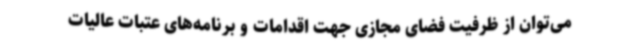
می‌توان از ظرفیت فضای مجازی جهت اقدامات و برنامه‌های عتبات عالیات